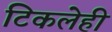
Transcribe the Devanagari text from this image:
टिकलेही